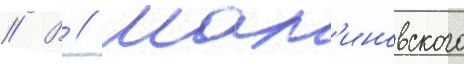
// В // Мал'иновского